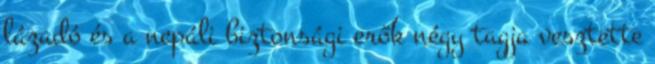
lázadó és a nepáli biztonsági erők négy tagja vesztette